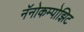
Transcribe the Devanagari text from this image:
नॅनोकम्पोझिट